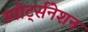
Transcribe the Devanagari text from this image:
स्पोर्ट्सनेशन